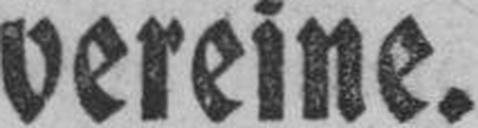
vereine.